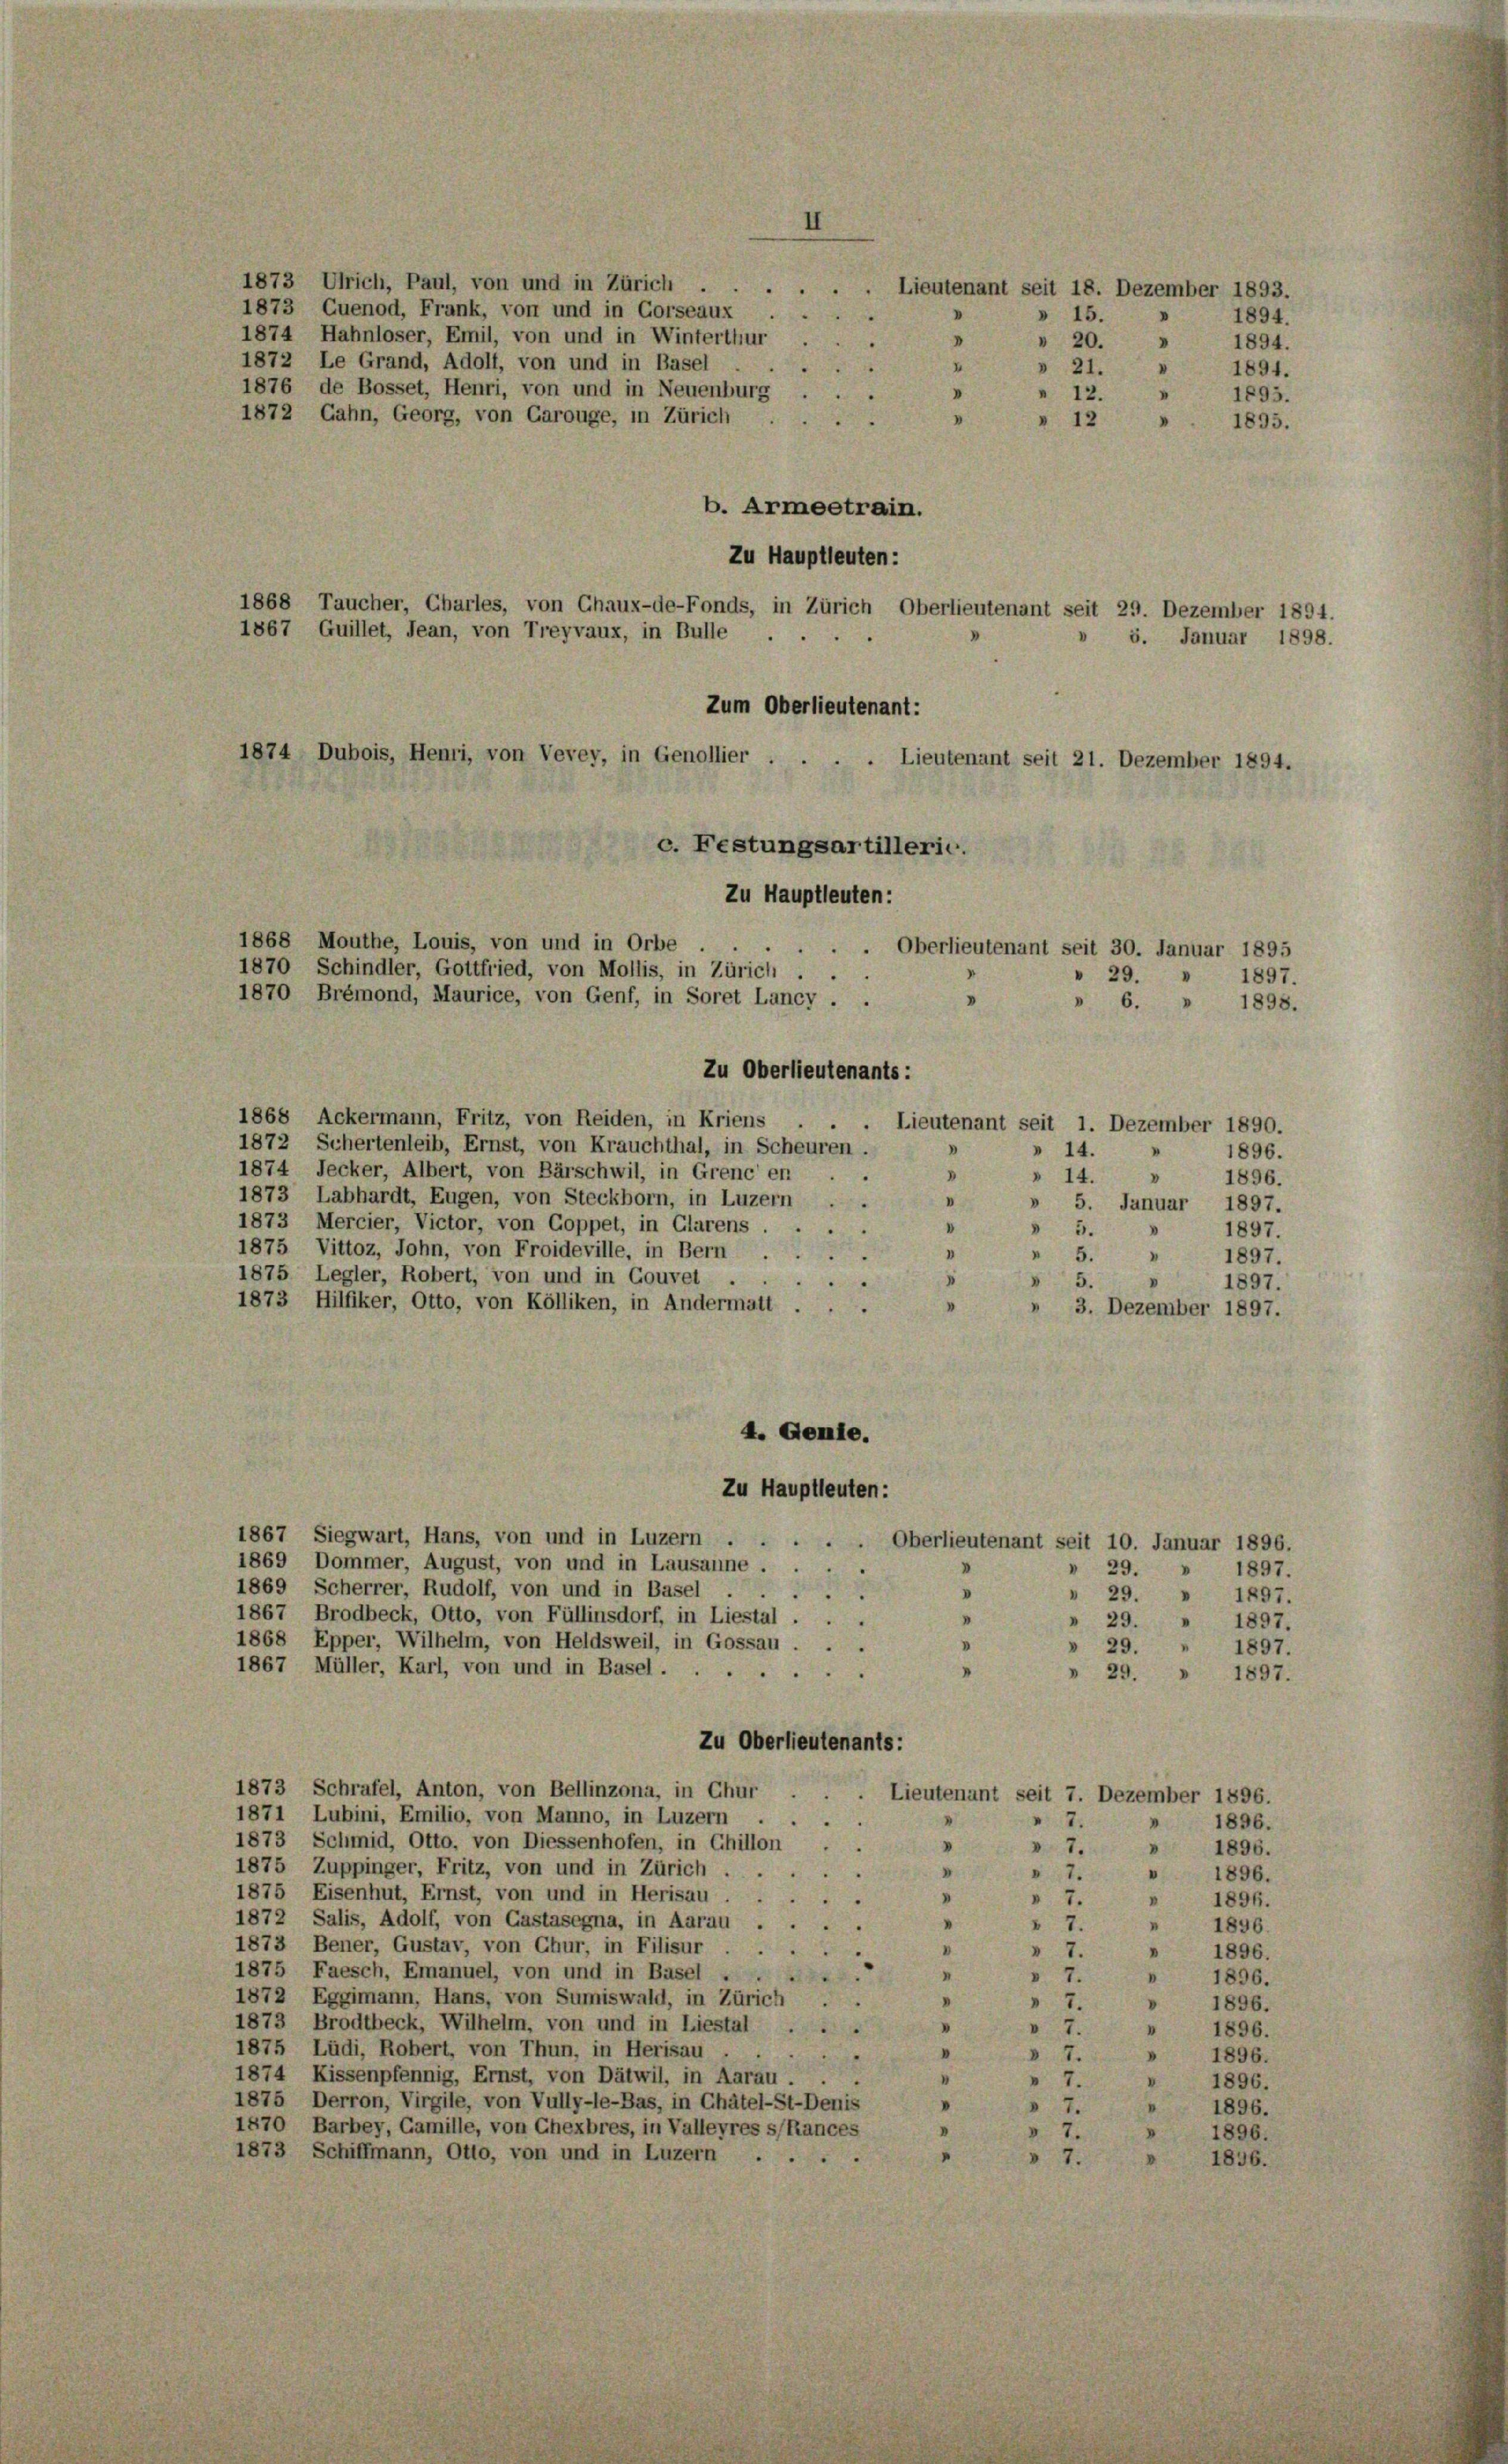
1873 Ulrich, Paul, von und in Zürich
10
1873 Cuenod, Frank, von und in Gorseaux
» 15.
1874 Hahnloser, Emil, von und in Winterthur
.
1872 Le Grand, Adolf, von und in Basel
I
1876 de Bosset, Henri, von und in Neuenburg
1872 Gahn, Georg, von Carouge, in Zürich
.
» 12 » . 1895.
b. Armeetrain.
Zu Hauptleuten:
1868 Taucher, Charles, von Chaux-de-Fonds, in Zürich Oberlieutenant seit 29. Dezember 1894.
5. Januar 1898.
Zum Oberlieutenant:
1874 Dubois, Henri, von Vevey, in Genollier . .
. Lieutenant seit 21. Dezember 1894.
c. Festungsartillerie.
Zu Hauptleuten:
. Oberlieutenant seit 30. Januar 1895
29. » 1897.
i
» 6. » 1898.
Zu Oberlieutenants:
1868 Ackermann, Fritz, von Reiden, in Kriens . . . Lieutenant seit 1. Dezember 1890.
1872 Schertenleib, Ernst, von Krauchthal, in Scheuren.
» 14.
1896.
1874 Jecker, Albert, von Bärschwil, in Grencen . .
V
» 14.
1896.
1873 Labhardt, Eugen, von Steckborn, in Luzern . .
V.
» 5. Januar 1897.
1873 Mercier, Victor, von Goppet, in Glarus
.
 5.
1897.
d
25
1875 Vittoz, John, von Froideville, in Bern
n
" 5.
1897.
"
1875 Legler, Robert, von und in Gouvet
 5.
I
1897.
1873 Hilfiker, Otto, von Kölliken, in Andermatt
» 3. Dezember 1897.
4. Genie.
Zu Hauptleuten:
1867 Siegwart, Hans, von und in Luzern
.. Oberlieutenant seit 10. Januar 1896.
1869 Dommer, August, von und in Lausanne . .
» 29. » 1897.
1869 Scherrer, Rudolf, von und in Basel
2
D
» 29. » 1897.
1867 Brodbeck, Otto, von Füllinsdorf, in Liestal
"
 29.
I
1897.
1868 Epper, Wilhelm, von Heldsweil, in Gossau,
» 29. „ 1897.
1867 Müller, Karl, von und in Basel.
» 29.
1897.
Zu Oberlieutenants:
1873 Schrafel, Anton, von Bellinzona, in Chur
Lieutenant seit 7. Dezember 1896.
1871 Lubini, Emilio, von Manno, in Luzern
 7.
" 1896.
1873 Schmid, Otto, von Diessenhofen, in Chillon
"
 7.
1896.
1875 Zuppinger, Fritz, von und in Zürich.
.
7.
V
1896.
1875 Eisenhut, Ernst, von und in Herisau
7.
1896.
"
1872 Salis, Adolf, von Gastasegna, in Aarau
"
I
1896.
I
1873 Bener, Gustav, von Chur, in Filisur
V
"
1896.
.
7.
1875 Faesch, Emanuel, von und in Basel .
.
I
 1896.
.
1872 Eggimann, Hans, von Sumiswald, in Zürich . .
 7.
"
.
1896.
1873 Brodtbeck, Wilhelm, von und in Liestal
e
 7.
" 1896.
1875 Lüdi, Robert, von Thun, in Herisau
I
2
.
 7.
1896.
1874 Kissenpfennig, Ernst, von Dätwil, in Aarau ...
"
7
1896.
1875 Derron, Virgile, von Vully-le-Bas, in Chätel-St-Denis
.
1896.
1870 Barbey, Gamille, von Chexbres, in Valleyres s/Rances
1896.
1873 Schiffmann, Otto, von und in Luzern.
7.
1896.

1867 Guillet, Jean, von Treyvaux, in Bulle

1868 Mouthe, Louis, von und in Orbe
1870 Schindler, Gottfried, von Mollis, in Zürich
1870 Brémond, Maurice, von Genf, in Soret Lancy . .

II

Lieutenant seit 18. Dezember 1893.
1894.
» 20. » 1894.
» 21. » 1891.
" 12.
1895.